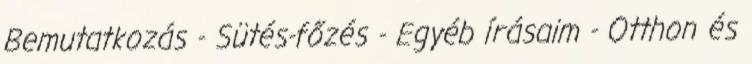
Bemutatkozás - Sütés-főzés - Egyéb írásaim - Otthon és